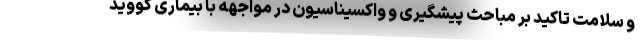
و سلامت تاکید بر مباحث پیشگیری و واکسیناسیون در مواجهه با بیماری کووید